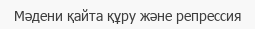
Мәдени қайта құру және репрессия